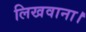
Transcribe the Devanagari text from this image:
लिखवाना।